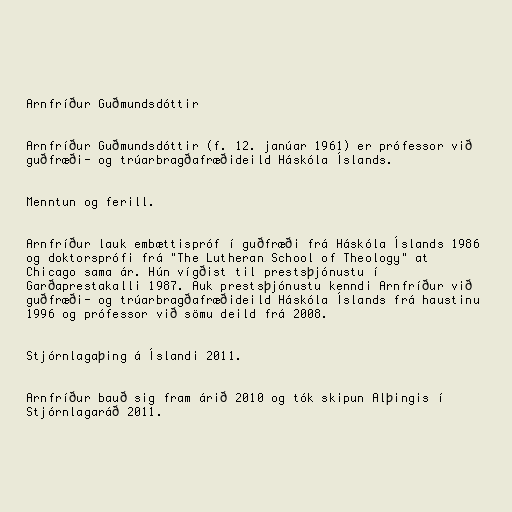
Arnfríður Guðmundsdóttir

Arnfríður Guðmundsdóttir (f. 12. janúar 1961) er prófessor við
guðfræði- og trúarbragðafræðideild Háskóla Íslands.

Menntun og ferill.

Arnfríður lauk embættispróf í guðfræði frá Háskóla Íslands 1986
og doktorsprófi frá "The Lutheran School of Theology" at
Chicago sama ár. Hún vígðist til prestsþjónustu í
Garðaprestakalli 1987. Auk prestsþjónustu kenndi Arnfríður við
guðfræði- og trúarbragðafræðideild Háskóla Íslands frá haustinu
1996 og prófessor við sömu deild frá 2008.

Stjórnlagaþing á Íslandi 2011.

Arnfríður bauð sig fram árið 2010 og tók skipun Alþingis í
Stjórnlagaráð 2011.